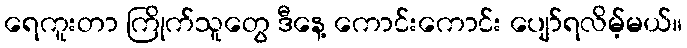
ရေကူးတာ ကြိုက်သူတွေ ဒီနေ့ ကောင်းကောင်း ပျော်ရလိမ့်မယ်။